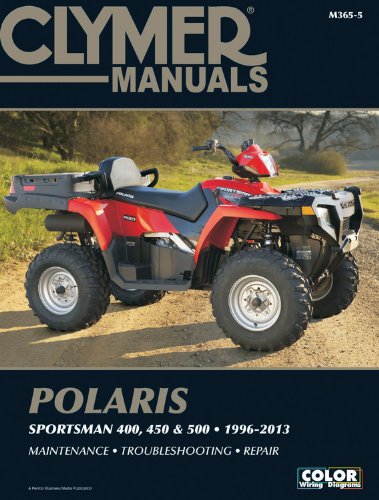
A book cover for Polaris Sportsman 400, 450 & 500 1996-2013 Manual (Clymer Motorcycle Repair); Penton Staff; Engineering & Transportation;